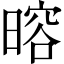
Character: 𬁎